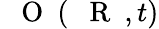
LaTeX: \mathrm{~{~\mathbf~O~}~}(\mathrm{~{~\mathbf~R~}~},t)